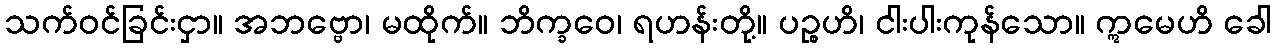
သက်ဝင်ခြင်းငှာ။ အဘဗ္ဗော၊ မထိုက်။ ဘိက္ခဝေ၊ ရဟန်းတို့။ ပဉ္စဟိ၊ ငါးပါးကုန်သော။ ဣမေဟိ ခေါ